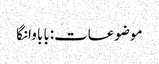
موضوعات:بابا وانگا